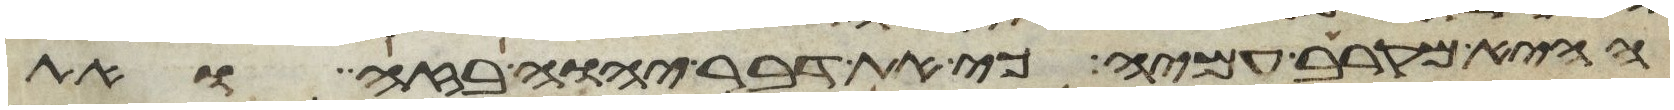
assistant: ההיא מקרב עמיה כי את דבר יהוה בזה ואת